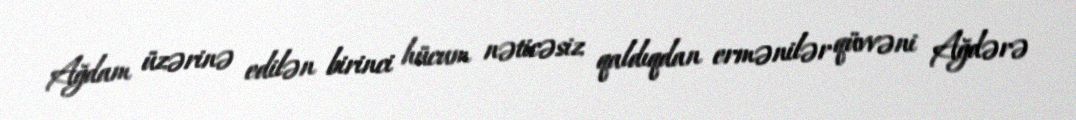
Ağdam üzərinə edilən birinci hücum nəticəsiz qaldıqdan ermənilər qüvvəni Ağdərə